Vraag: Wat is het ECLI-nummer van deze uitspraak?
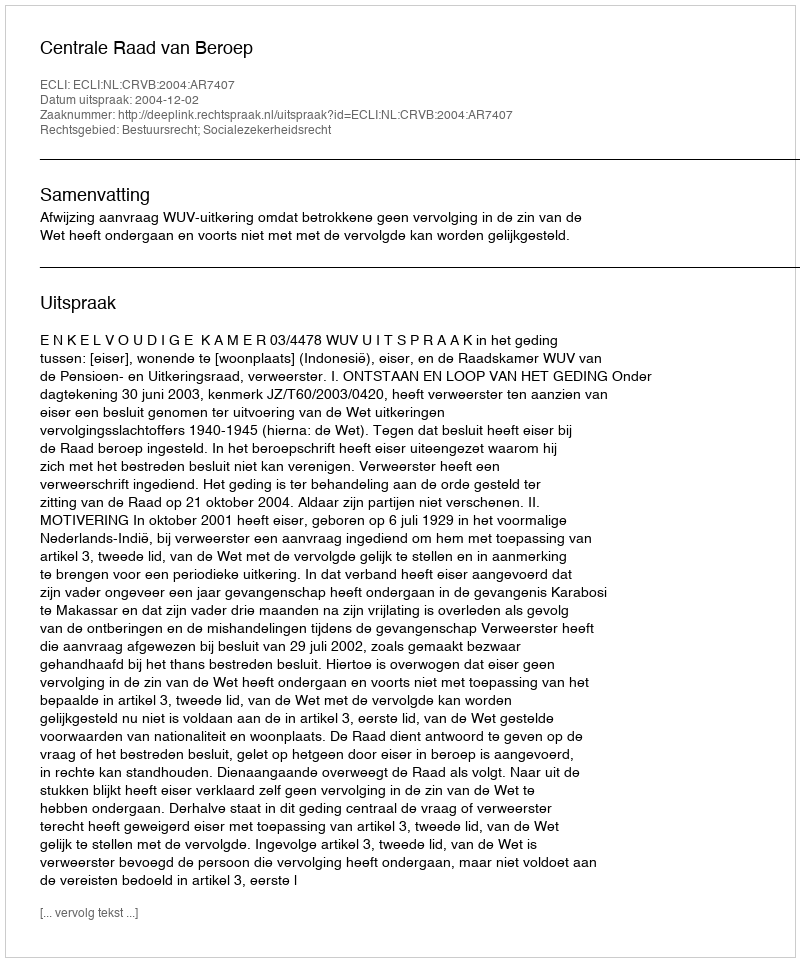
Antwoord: ECLI:NL:CRVB:2004:AR7407